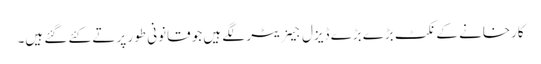
کارخانے کے نکٹ بڑے بڑے ڈیزل جینریٹر لگے ہیں جو قانونی طور پر تے کئے گئے ہیں۔